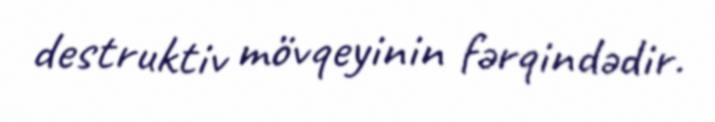
destruktiv mövqeyinin fərqindədir.